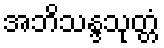
အဘိသန္ဒသုတ္တံ